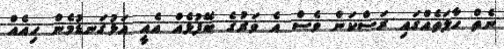
ނެތް ހާލަތެއްގައި ރަސްކަން ވެސް އެ ވަރުގެ ބޭފުޅެއް އެއީ އަޅުގަނޑުމެން ހިއެއް